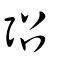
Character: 弨